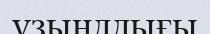
ұзынддығы